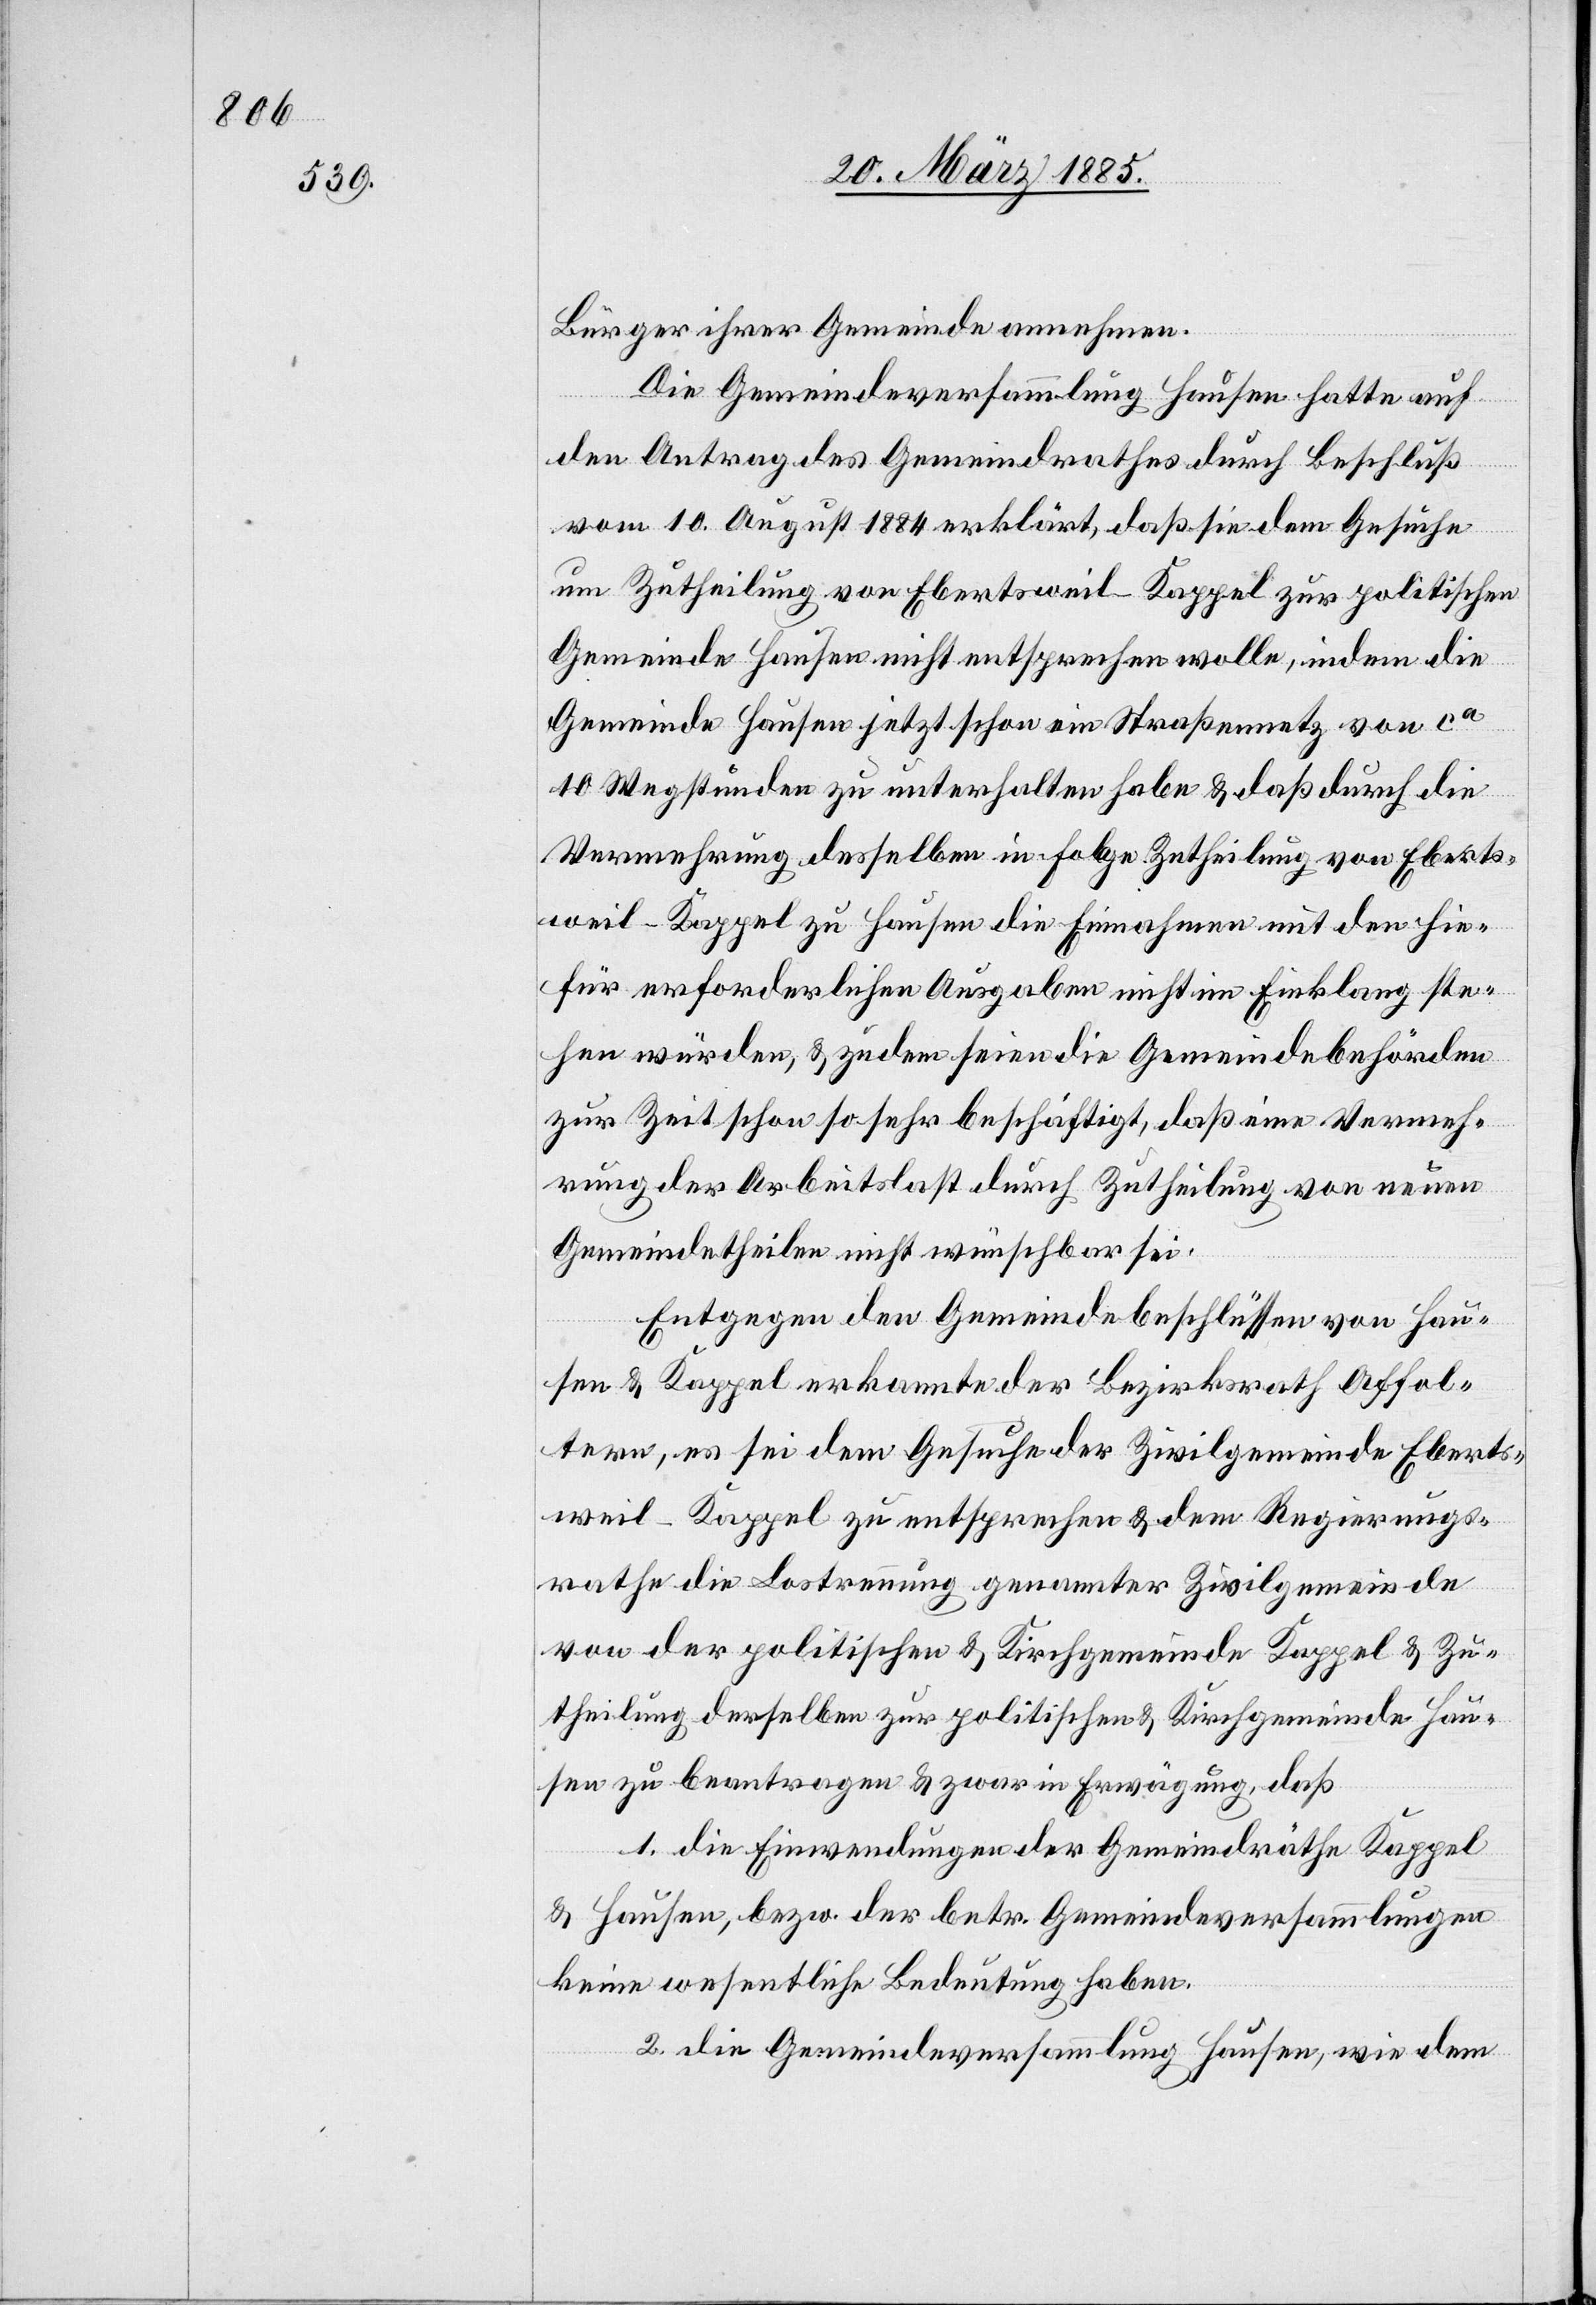
Bürger ihrer Gemeinde annehmen.
Die Gemeindeversammlung Hausen hatte auf
den Antrag des Gemeindrathes durch Beschluß
vom 10. August 1884 erklärt, daß sie dem Gesuche
um Zutheilung von Ebertsweil-Kappel zur politischen
Gemeinde Hausen nicht entsprechen wolle, indem die
Gemeinde Hausen jetzt schon ein Straßennetz von ca
10 Wegstunden zu unterhalten habe & daß durch die
Vermehrung desselben in Folge Zutheilung von Eberts¬
weil-Kappel zu Hausen die Einnahmen mit den hie¬
für erforderlichen Ausgaben nicht im Einklang ste¬
hen würden, & zudem seien die Gemeindebehörden
zur Zeit schon so sehr beschäftigt, daß eine Vermeh¬
rung der Arbeitslast durch Zutheilung von neuen
Gemeindetheilen nicht wünschbar sei.
Entgegen den Gemeindebeschlüssen von Hau¬
sen & Kappel erkannte der Bezirksrath Affol¬
tern, es sei dem Gesuche der Zivilgemeinde Eberts¬
weil-Kappel zu entsprechen & dem Regierungs¬
rathe die Lostrennung genannter Zivilgemeinde
von der politischen & Kirchgemeinde Kappel & Zu¬
theilung derselben zur politischen & Kirchgemeinde Hau¬
sen zu beantragen & zwar in Erwägung, daß
1. die Einwendungen der Gemeindräthe Kappel
& Hausen, bezw. der betr. Gemeindeversammlungen
keine wesentliche Bedeutung haben.
2. die Gemeindeversammlung Hausen, wie dem